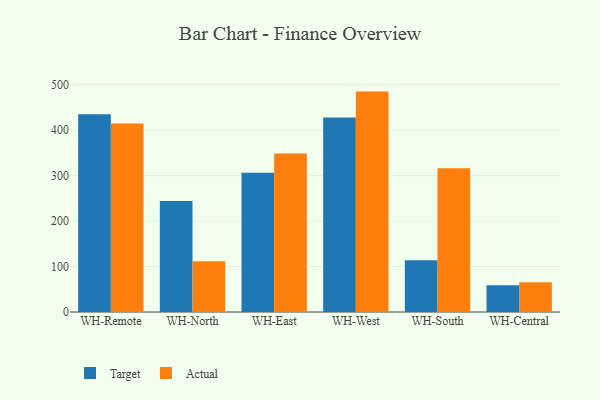
{"axis": {"x": "Warehouse", "y": "Churn Rate (%)"}, "legend": ["Actual", "Target"], "data": [{"x": "WH-Remote", "y": 435.1, "type": "Target"}, {"x": "WH-Remote", "y": 414.4, "type": "Actual"}, {"x": "WH-North", "y": 243.9, "type": "Target"}, {"x": "WH-North", "y": 111.9, "type": "Actual"}, {"x": "WH-East", "y": 306.3, "type": "Target"}, {"x": "WH-East", "y": 348.7, "type": "Actual"}, {"x": "WH-West", "y": 427.7, "type": "Target"}, {"x": "WH-West", "y": 484.8, "type": "Actual"}, {"x": "WH-South", "y": 113.6, "type": "Target"}, {"x": "WH-South", "y": 316.4, "type": "Actual"}, {"x": "WH-Central", "y": 58.8, "type": "Target"}, {"x": "WH-Central", "y": 65.5, "type": "Actual"}]}